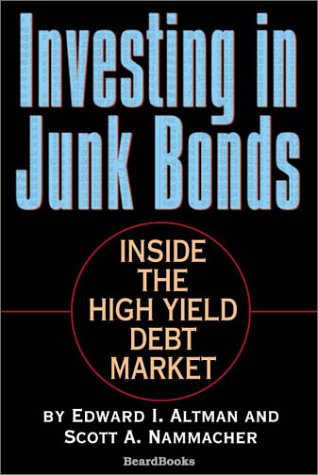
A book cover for Investing in Junk Bonds: Inside the High Yield Debt Market; Edward I. Altman; Business & Money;